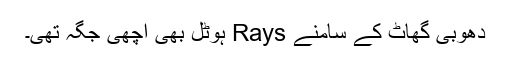
دھوبی گھاٹ کے سامنے Rays ہوٹل بھی اچھی جگہ تھی۔